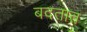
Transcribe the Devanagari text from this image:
बदतात